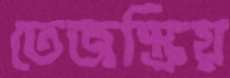
তেজস্ক্রিয়